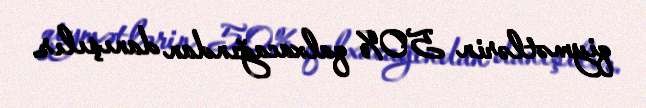
qiymətlərin 50% qalxacağından danışılır.